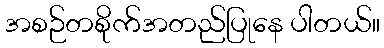
အစဉ်တစိုက်အတည်ပြုနေ ပါတယ်။